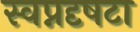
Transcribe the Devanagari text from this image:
स्वप्नदृषटा